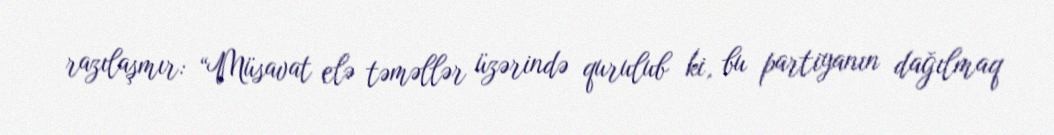
razılaşmır: “Müsavat elə təməllər üzərində qurulub ki, bu partiyanın dağılmaq